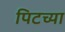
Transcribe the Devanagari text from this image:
पिटच्या